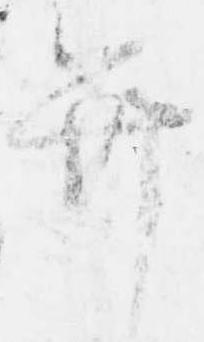
弁